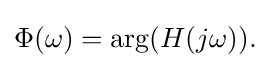
\Phi (\omega )=\arg(H(j\omega )).\!